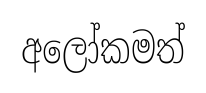
අලෝකමත්